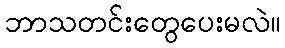
ဘာသတင်းတွေပေးမလဲ။